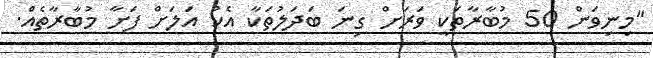
"މިނިވަން 50 މުބާރާތަކީ ވަރަށް ގިނަ ބަދަލުތަކާ އެކު އަލަށް ފަށާ މުބާރާތެއް.